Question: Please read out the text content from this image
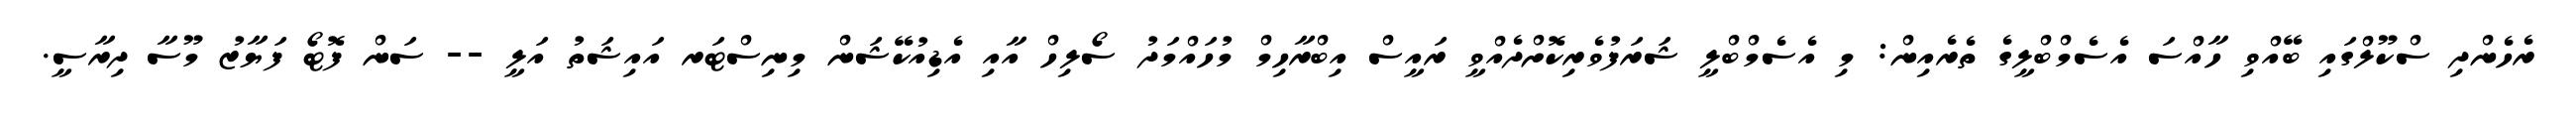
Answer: ރެހެންދި ސްކޫލްގައި ބޭއްވި ހާއްސަ އެސެމްބްލީގެ ތެރެއިން: މި އެސެމްބްލީ ޝަރަފުވެރިކޮށްދެއްވީ ރައީސް އިބްރާހިމް މުހައްމަދު ސޯލިހް އާއި އެޑިއުކޭޝަން މިނިސްޓަރ އައިޝަތު އަލީ -- ސަން ފޮޓޯ ފަޔާޒު މޫސާ ދިރާސީ.